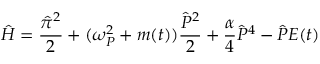
\hat { H } = \frac { \hat { \pi } ^ { 2 } } { 2 } + ( \omega _ { P } ^ { 2 } + m ( t ) ) \frac { \hat { P } ^ { 2 } } { 2 } + \frac { \alpha } { 4 } \hat { P } ^ { 4 } - \hat { P } E ( t )